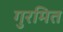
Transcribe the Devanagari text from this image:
गुरमित